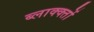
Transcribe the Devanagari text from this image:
ब्लाक्क्तों